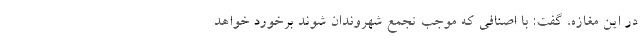
در این مغازه، گفت: با اصنافی که موجب تجمع شهروندان شوند برخورد خواهد